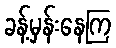
ခန့်မှန်းနေကြ